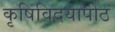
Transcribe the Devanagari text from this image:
कृषिविदयापीठ